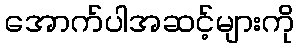
အောက်ပါအဆင့်များကို